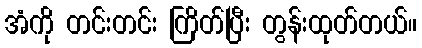
အံကို တင်းတင်း ကြိတ်ပြီး တွန်းထုတ်တယ်။